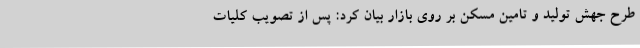
طرح جهش تولید و تامین مسکن بر روی بازار بیان کرد: پس از تصویب کلیات